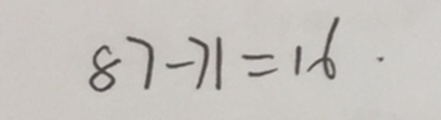
8 7 - 7 1 = 1 6 \cdot